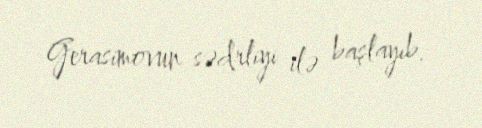
Gerasimovun sədrliyi ilə başlayıb.